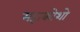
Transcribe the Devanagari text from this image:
महाकोशो